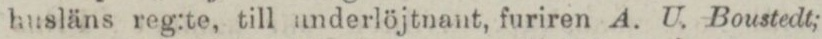
husläns reg:te, till underlöjtnant, furiren A. U. Boustedt;